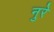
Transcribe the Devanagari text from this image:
नुरे